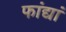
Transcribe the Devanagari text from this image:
फांद्यां